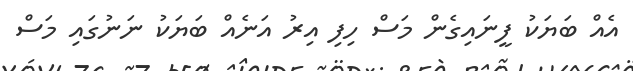
އެއް ބަޔަކު ފީނައިގެން މަސް ހިފި އިރު އަނެއް ބަޔަކު ނަނުގައި މަސް